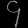
Digit: ၄